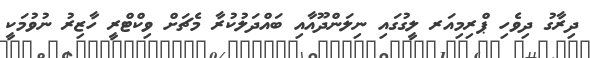
ދިރާގު ދިވެހި ޕްރިމިއަރ ލީގުގައި ނިލަންދޫއާއި ބައްދަލުކުރާ މެޗަށް ވިކްޓްރީ ހާޒިރު ނުވުމަކީ